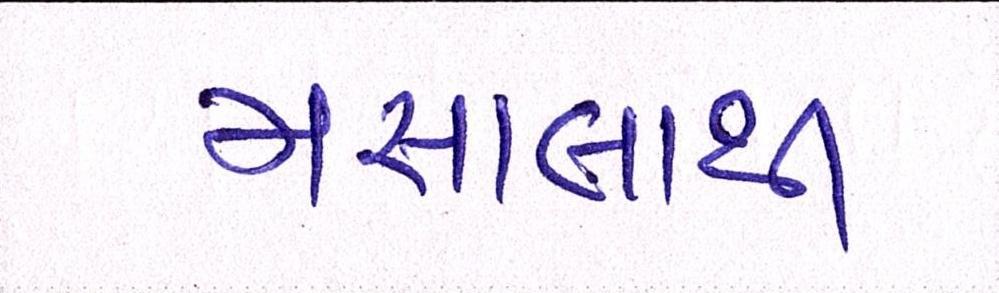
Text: મસાલાથી